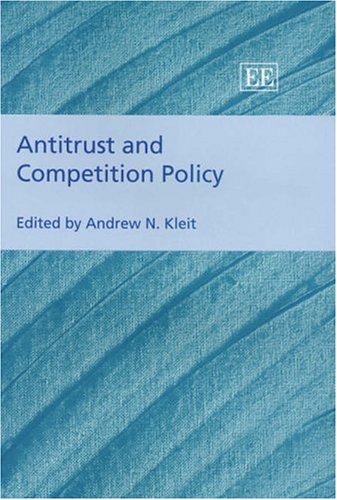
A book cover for Antitrust And Competition Policy (Business Economics Series); Business & Money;